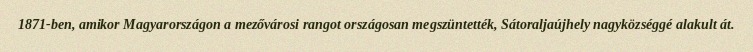
1871-ben, amikor Magyarországon a mezővárosi rangot országosan megszüntették, Sátoraljaújhely nagyközséggé alakult át.